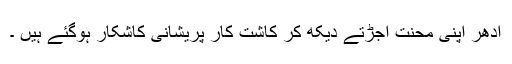
ادھر اپنی محنت اجڑتے دیکھ کر کاشت کار پریشانی کاشکار ہوگئے ہیں ۔